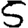
Digit: 5